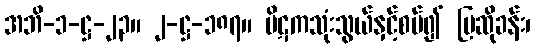
အဘိ-၁-ဋ္ဌ-၂၃။ ၂-ဋ္ဌ-၁၈၇။ ပိဋကသုံးသွယ်နှင့်စပ်၍ ပြဆိုခန်း၊